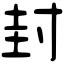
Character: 封